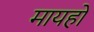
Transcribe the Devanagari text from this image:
मायहो